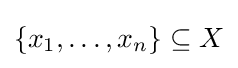
\{x_{1},\ldots ,x_{n}\}\subseteq X